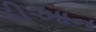
ડીઆન